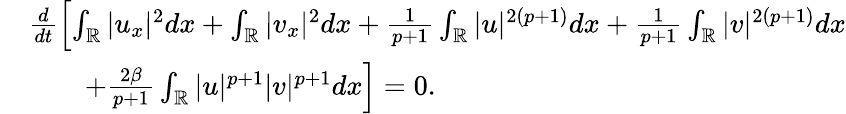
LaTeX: \begin{array}{rl}&{\frac{d}{dt}\left[\int_{\mathbb{R}}|u_{x}|^{2}dx+\int_{\mathbb{R}}|v_{x}|^{2}dx+\frac{1}{p+1}\int_{\mathbb{R}}|u|^{2(p+1)}dx+\frac{1}{p+1}\int_{\mathbb{R}}|v|^{2(p+1)}dx\right.}\\ &{\qquad\left.+\frac{2\beta}{p+1}\int_{\mathbb{R}}|u|^{p+1}|v|^{p+1}dx\right]=0.}\end{array}